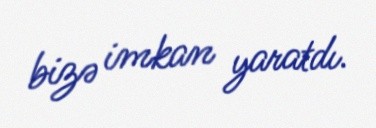
bizə imkan yaratdı.